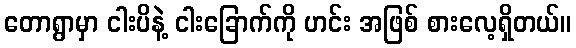
တောရွာမှာ ငါးပိနဲ့ ငါးခြောက်ကို ဟင်း အဖြစ် စားလေ့ရှိတယ်။